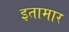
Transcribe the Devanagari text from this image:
इतामार